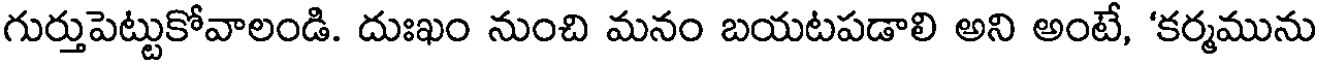
గుర్తుపెట్టుకోవాలండి. దుఃఖం నుంచి మనం బయటపడాలి అని అంటే, 'కర్మమును